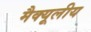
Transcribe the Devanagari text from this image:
मैक्यूलीय